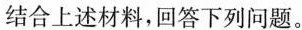
结合上述材料，回答下列问题。